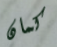
كمان